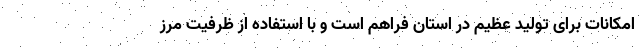
امکانات برای تولید عظیم در استان فراهم است و با استفاده از ظرفیت مرز